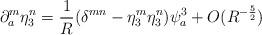
LaTeX: \begin{align*}\partial^m_a \eta^n_3 = \frac{1}{R} (\delta^{mn} - \eta^m_3 \eta^n_3) \psi_a^3 + O(R^{-\frac{5}{2}})\end{align*}